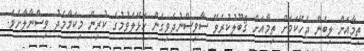
ތިމާއަށް ލިބެން ޖެހޭކަމަށް ތިމާއަށް ޤަބޫލުކުރެވޭ ސާވިސްނުދެވިގެން ހަޅޭލެވުމުގެ ކުރިން މިކަމާމެދު ވިސްނާލާށެވެ.